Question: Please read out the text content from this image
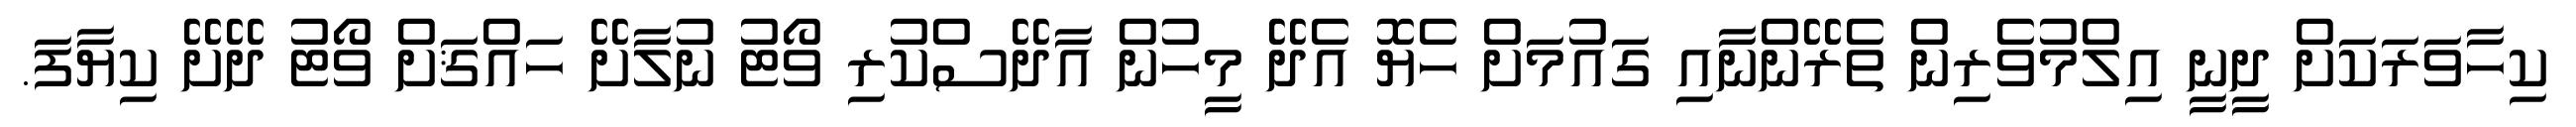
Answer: ކިހާވަރަކަށް ދީނީ އިލްމުވެރިން ތެރޭންނާއި ގައުމަށް ހެޔޮ އެދޭ މީހުން އާދޭސްކުރި ވޯޓު ނުލާށޭ ހައްޤަށް ވޯޓު ދޭށޭ ކިޔާފަ.